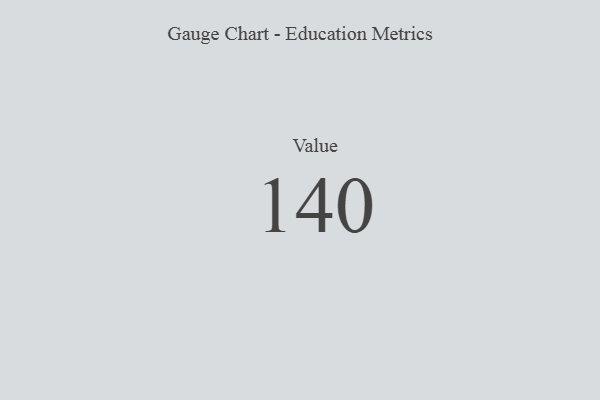
{"axis": {"x": "Metric", "y": "Value"}, "legend": [""], "data": [{"x": "Value", "y": 140, "type": ""}]}